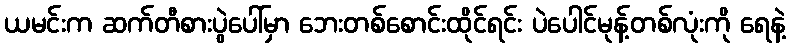
ယမင်းက ဆက်တီစားပွဲပေါ်မှာ ဘေးတစ်စောင်းထိုင်ရင်း ပဲပေါင်မုန့်တစ်လုံးကို ရေနဲ့